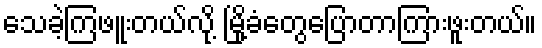
သေခဲ့ကြဖူးတယ်လို့ မြို့ခံတွေပြောတာကြားဖူးတယ်။